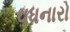
વધનારો